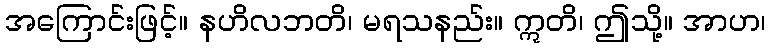
အကြောင်းဖြင့်။ နဟိလဘတိ၊ မရသနည်း။ ဣတိ၊ ဤသို့။ အာဟ၊